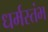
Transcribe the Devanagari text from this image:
धर्मस्तंभ